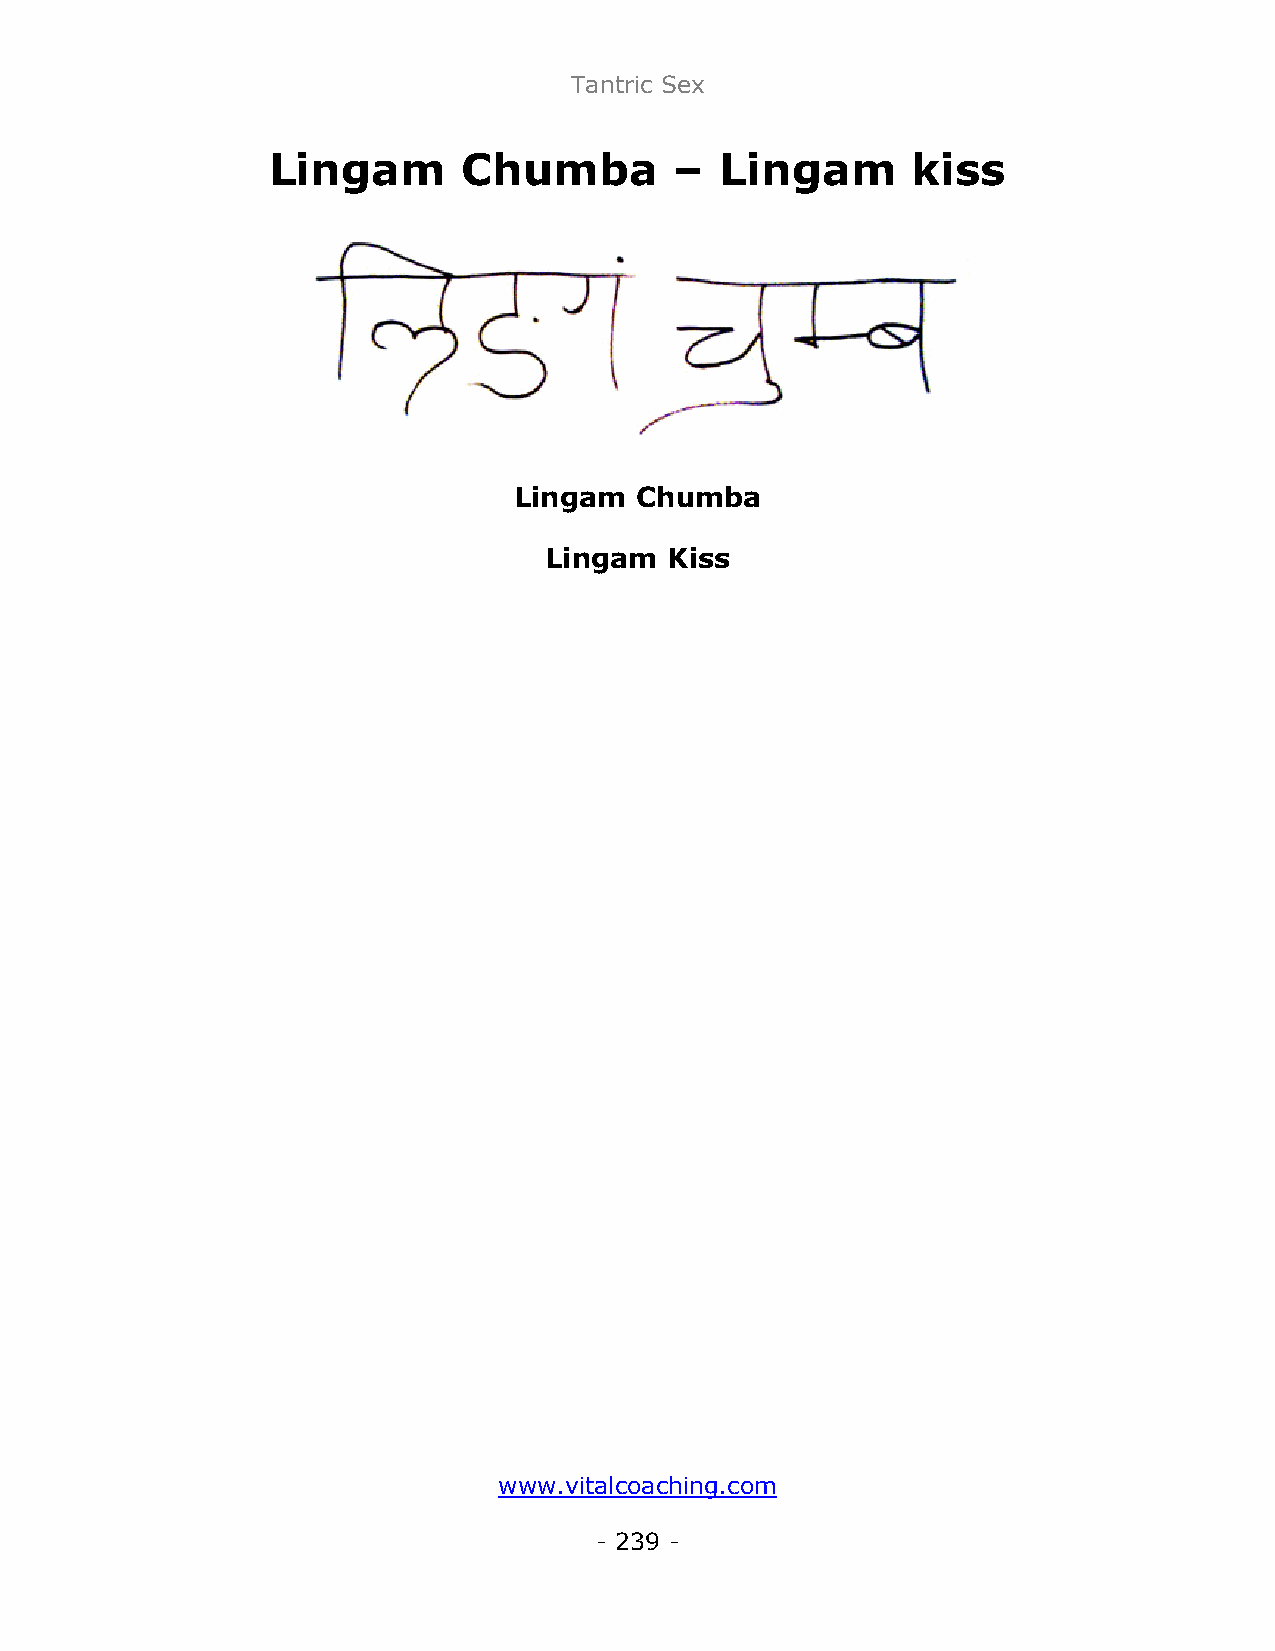
Tantric Sex
 Lingam       Chumba        –  Lingam      kiss
 Lingam  Chumba
 Lingam  Kiss
 www.vitalcoaching.com
 - 239 -